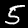
Digit: 5